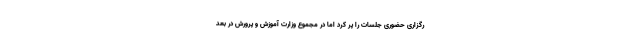
رگزاری حضوری جلسات را پر کرد اما در مجموع وزارت آموزش و پرورش در بعد